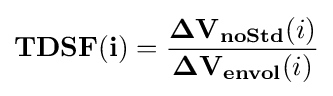
\mathbf {TDSF(i)} ={\frac {\mathbf {{\Delta V}_{noStd}} (i)}{\mathbf {{\Delta V}_{envol}} (i)}}